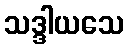
သဒ္ဒါယသေ